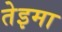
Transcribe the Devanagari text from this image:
तेइमा